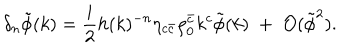
\delta _ { n } \tilde { \phi } ( k ) = \frac { i } { 2 } h ( k ) ^ { - n } \eta _ { c \bar { c } } \rho _ { 0 } ^ { \bar { c } } k ^ { c } \tilde { \phi } ( k ) \; + \; { \cal O } ( \tilde { \phi } ^ { 2 } ) .